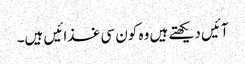
آئیں دیکھتے ہیں وہ کون سی غذائیں ہیں۔